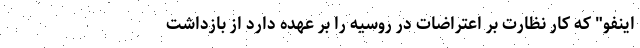
اینفو" که کار نظارت بر اعتراضات در روسیه را بر عهده دارد از بازداشت